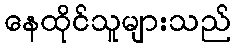
နေထိုင်သူများသည်